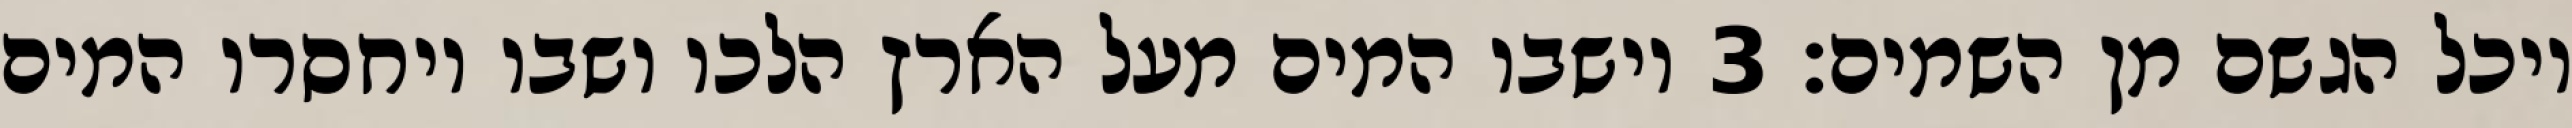
ויכל הגשם מן השמים׃ ‎3‏ וישבו המים מעל הארץ הלכו ושבו ויחסרו המים